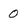
Character: 0